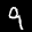
Label: 9